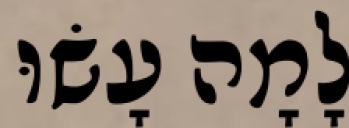
לָמָה עָשׂוּ